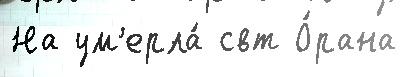
На ум'ерла́ свт О́рана